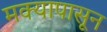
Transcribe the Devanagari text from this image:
मक्यापासून